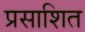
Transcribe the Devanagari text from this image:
प्रसाशित